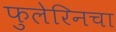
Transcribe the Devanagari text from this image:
फुलेरिनचा